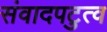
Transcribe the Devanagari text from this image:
संवादपटुत्व